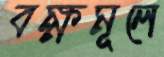
বক্ষমূলে